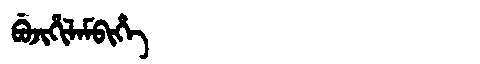
Manchu: ᠪᡠᠵᡳᡥᡳᠯᠠᠮᠪᡳᡥᡝ
Romanization: BUJIHILAMBIHE